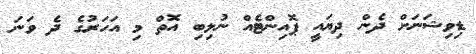
ޑިވިޝަނަށް ދެން ދިޔައީ ޕޮއިންޓެއް ނުލިބި އޮތް މި އަހަރުގެ ދެ ވަނަ